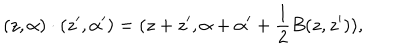
( z , \alpha ) \cdot ( z ^ { \prime } , \alpha ^ { \prime } ) = ( z + z ^ { \prime } , \alpha + \alpha ^ { \prime } + \frac 1 2 B ( z , z ^ { \prime } ) ) ,